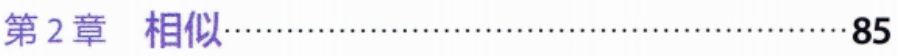
第2章 相似\hfill85